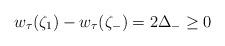
LaTeX: \begin{align*}w_\tau(\zeta_1) - w_\tau(\zeta_-) = 2\Delta_- \ge 0\end{align*}